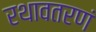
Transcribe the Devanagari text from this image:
रथावतरणं